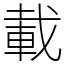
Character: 載